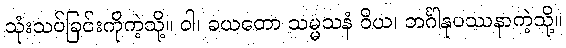
သုံးသပ်ခြင်းကိုကဲ့သို့။ ဝါ၊ ခယတော သမ္မသနံ ဝိယ၊ ဘင်္ဂါနုပဿနာကဲ့သို့။